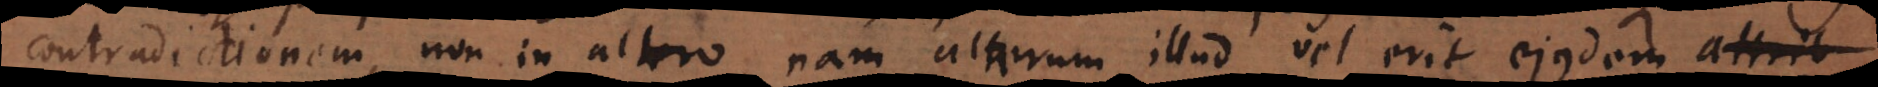
contradictionem, non in altero nam alterum illud vel erit eiusdem attrib